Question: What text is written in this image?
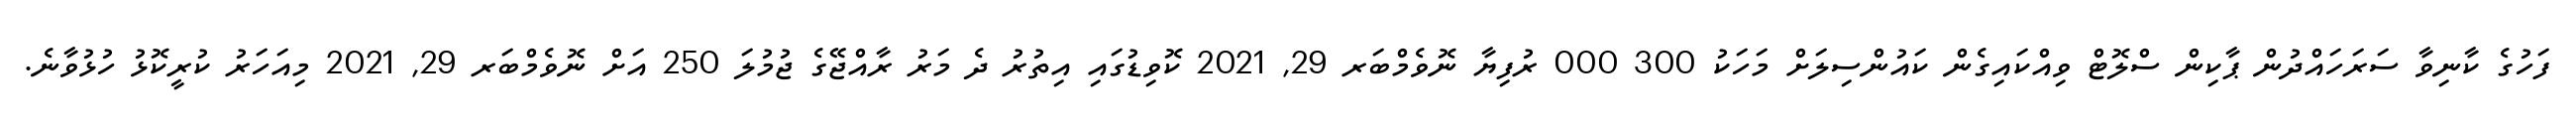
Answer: ފަހުގެ ކާނިވާ ސަރަހައްދުން ޕާކިން ސްލޮޓް ވިއްކައިގެން ކައުންސިލަށް މަހަކު 300 000 ރުފިޔާ ނޮވެމްބަރ 29, 2021 ކޮވިޑުގައި އިތުރު ދެ މަރު ރާއްޖޭގެ ޖުމުލަ 250 އަށް ނޮވެމްބަރ 29, 2021 މިއަހަރު ކުރީކޮޅު ހުޅުވާނެ.